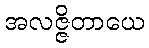
အလဇ္ဇိတာယေ